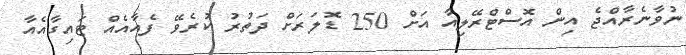
ނުވާނެރާއްޖެ އިން އޮސްޓްރޭލިއާ އަށް 250 ޑޮލަރަށް ދަތުރު ކުރެވޭ ފެއާއެއް ޓައިގާއެއާ